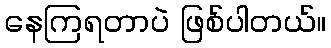
နေကြရတာပဲ ဖြစ်ပါတယ်။